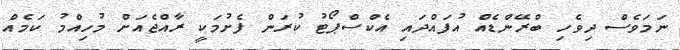
ނަމަވެސް ދިވެހި ބްރޭންޑެއް އުފައްދައި އެކްސްޕޯޓު ކުރަން ފެށުމަކީ ރާއްޖެއަށް މުހިއްމު ކަމެއް